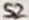
Text: S2